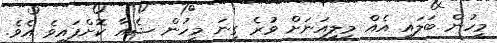
މީހުން ބަލައި އެއް މިލިއަނަށް ވުރެ ގިނަ މީހުން ޝެއާ ކޮށްފައިވެ އެވެ.